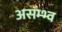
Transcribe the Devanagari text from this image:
असम्भ्व